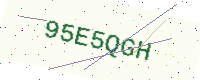
Text: 95E5QGH